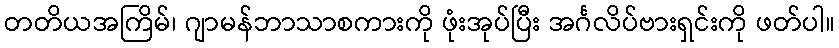
တတိယအကြိမ်၊ ဂျာမန်ဘာသာစကားကို ဖုံးအုပ်ပြီး အင်္ဂလိပ်ဗားရှင်းကို ဖတ်ပါ။